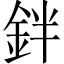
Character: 鉡